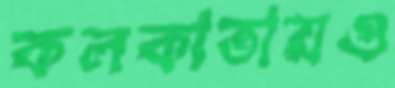
কলকাতায়ও